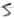
Text: S